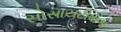
સોસાયટીવાળા